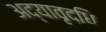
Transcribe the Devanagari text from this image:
अद्यावृद्धि